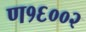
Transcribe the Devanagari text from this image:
ण१६००२